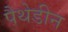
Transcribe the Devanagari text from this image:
पैथेडीन